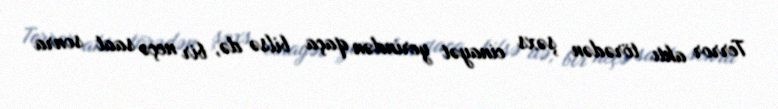
Terror aktı törədən şəxs cinayət yerindən qaça bilsə də, bir neçə saat sonra